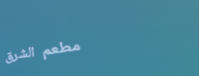
مطعم الشرق